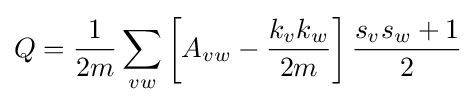
Q={\frac {1}{2m}}\sum _{vw}\left[A_{vw}-{\frac {k_{v}k_{w}}{2m}}\right]{\frac {s_{v}s_{w}+1}{2}}